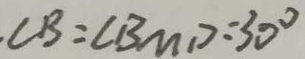
. \angle B = \angle B M D = 3 0 ^ { \circ }